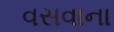
વસવાના